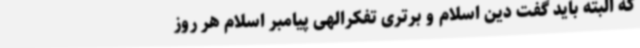
که البته باید گفت دین اسلام و برتری تفکرالهی پیامبر اسلام هر روز